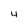
Character: 4